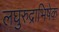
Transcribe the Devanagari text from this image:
लघुरुद्राभिषेक